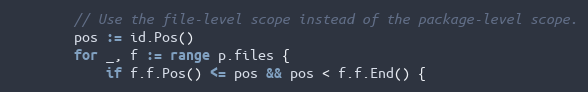
Language: Go
		// Use the file-level scope instead of the package-level scope.
		pos := id.Pos()
		for _, f := range p.files {
			if f.f.Pos() <= pos && pos < f.f.End() {